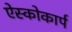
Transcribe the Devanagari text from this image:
ऐस्कोकार्प